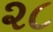
૨૮